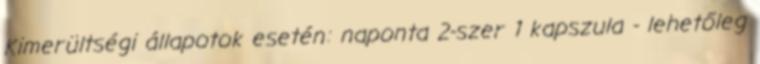
Kimerültségi állapotok esetén: naponta 2-szer 1 kapszula - lehetőleg